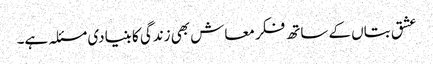
عشق بتاں کے ساتھ فکر معاش بھی زندگی کا بنیادی مسئلہ ہے۔